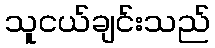
သူငယ်ချင်းသည်